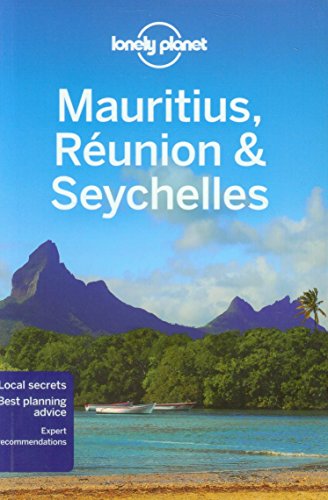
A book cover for Lonely Planet Mauritius, Reunion & Seychelles (Travel Guide) by Lonely Planet (13-Dec-2013) Paperback; Lonely Planet; Travel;